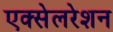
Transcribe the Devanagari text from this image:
एक्‍सेलरेशन